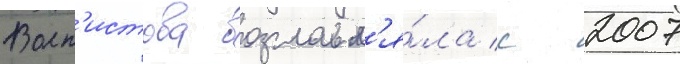
Волн'истова возглавл'я́ла с 2007